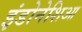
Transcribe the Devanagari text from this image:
इंडोनेशिआ